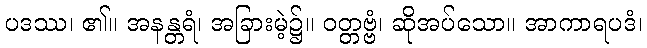
ပဒဿ၊ ၏။ အနန္တရံ၊ အခြားမဲ့၌။ ဝတ္တဗ္ဗံ၊ ဆိုအပ်သော။ အာကာရပဒံ၊